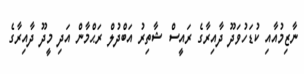
ނާޒިމުއާއި ކުޑަހުވަދޫ ދާއިރާގެ ރައީސް ޝާތިރު އަބްދުލް ރަޙްމާން އަދި މީދޫ ދާއިރާގެ